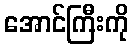
အောင်ကြီးကို